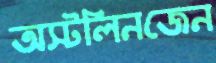
অস্টলিনজেন